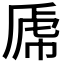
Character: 𰲝